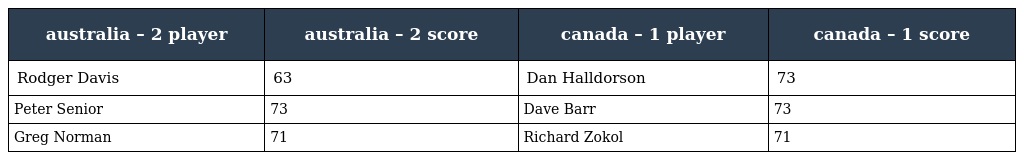
| australia – 2 player | australia – 2 score | canada – 1 player | canada – 1 score |
 | --- | --- | --- | --- |
 | Rodger Davis | 63 | Dan Halldorson | 73 |
 | Peter Senior | 73 | Dave Barr | 73 |
 | Greg Norman | 71 | Richard Zokol | 71 |